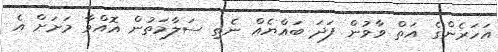
އަހަރެންގެ އަތް ވާވުން ފަދަ ބައްޔެއް ނެތި ސަލާމަތުން އޮއްވާ މަށަށް އެ